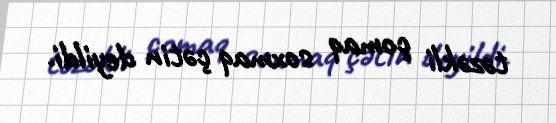
təzəkli çomaq soxmaq çətin deyildi.